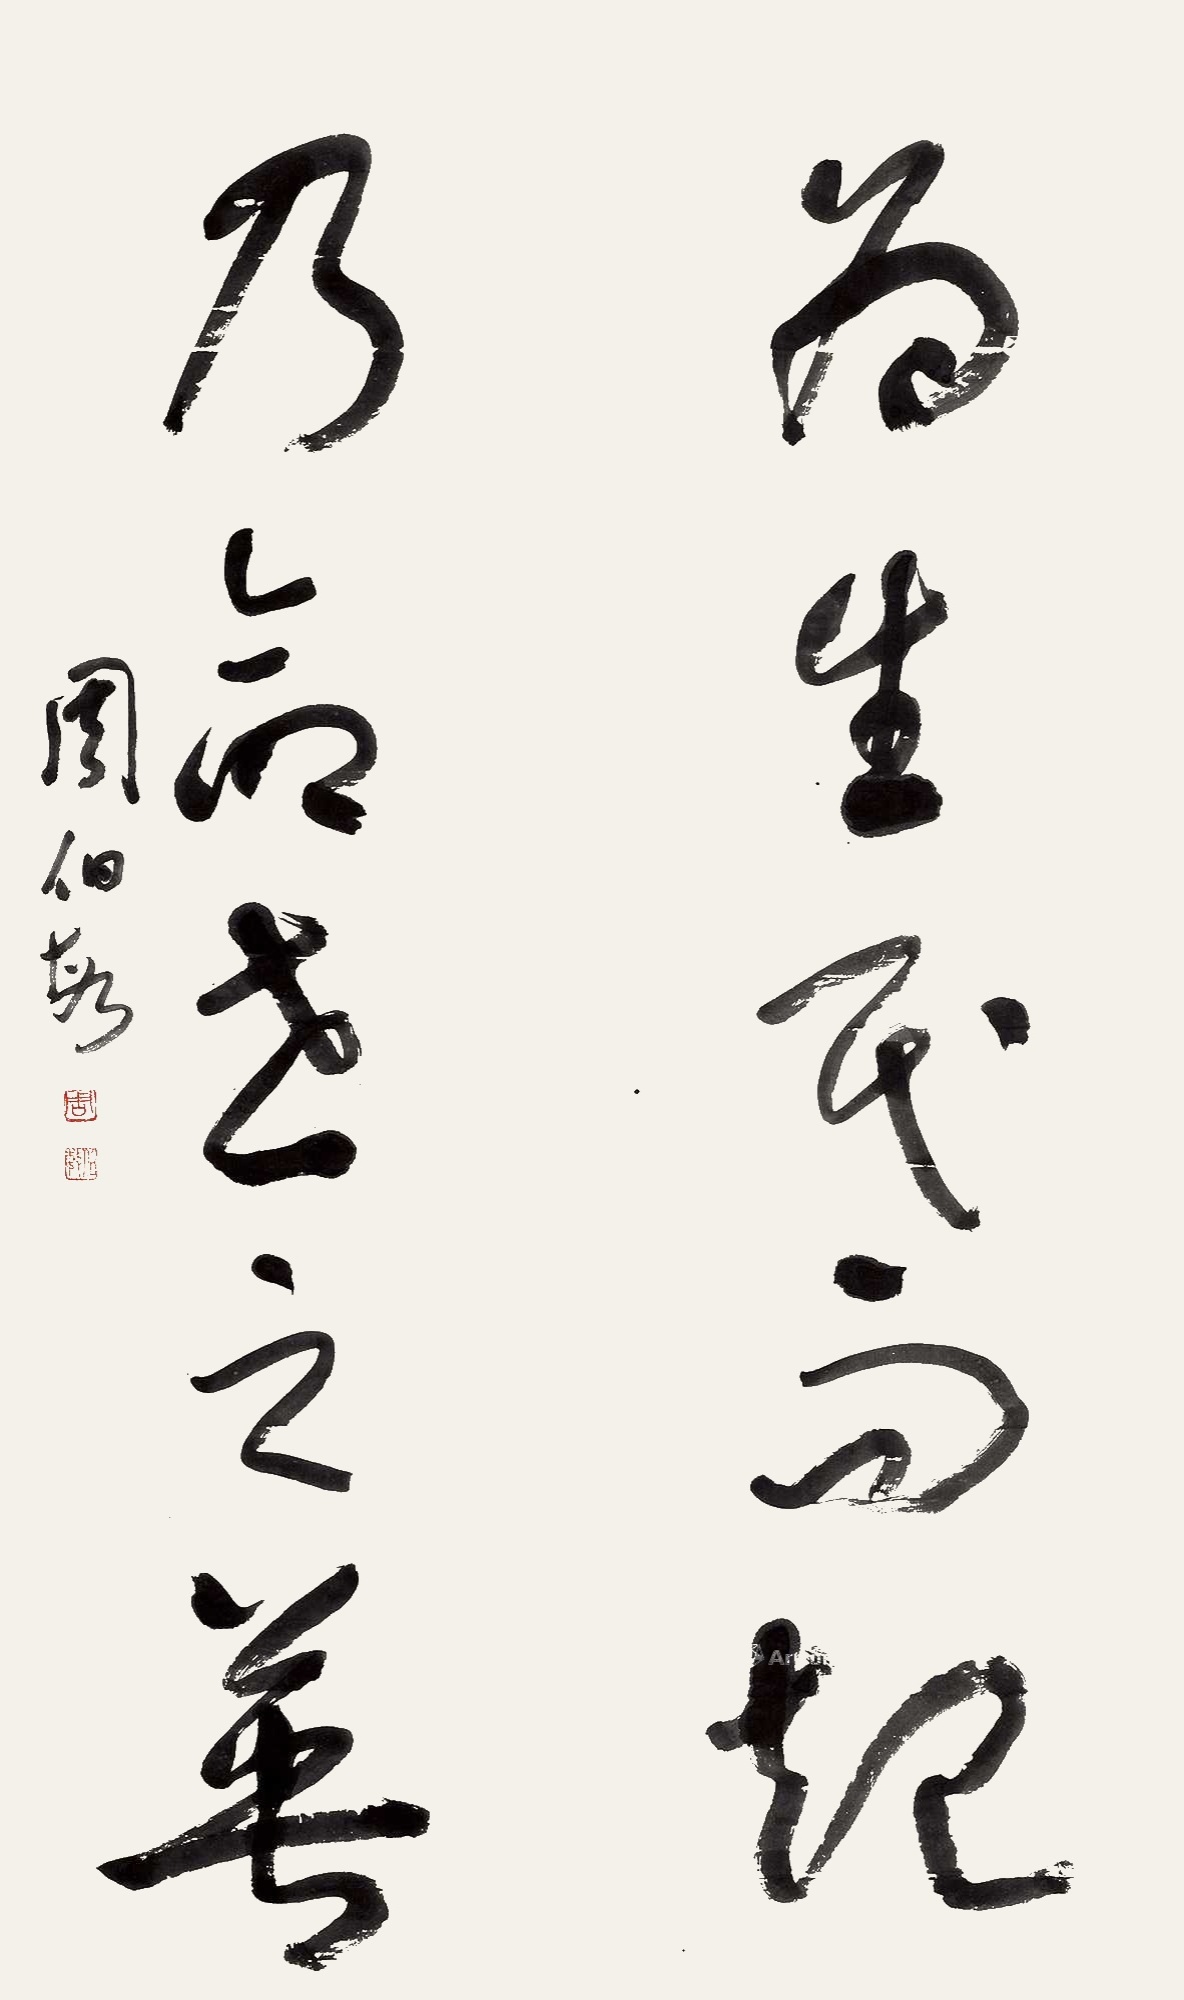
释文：为生民而起，乃命世之英。周伯敏。